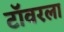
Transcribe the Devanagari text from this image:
टॉवरला